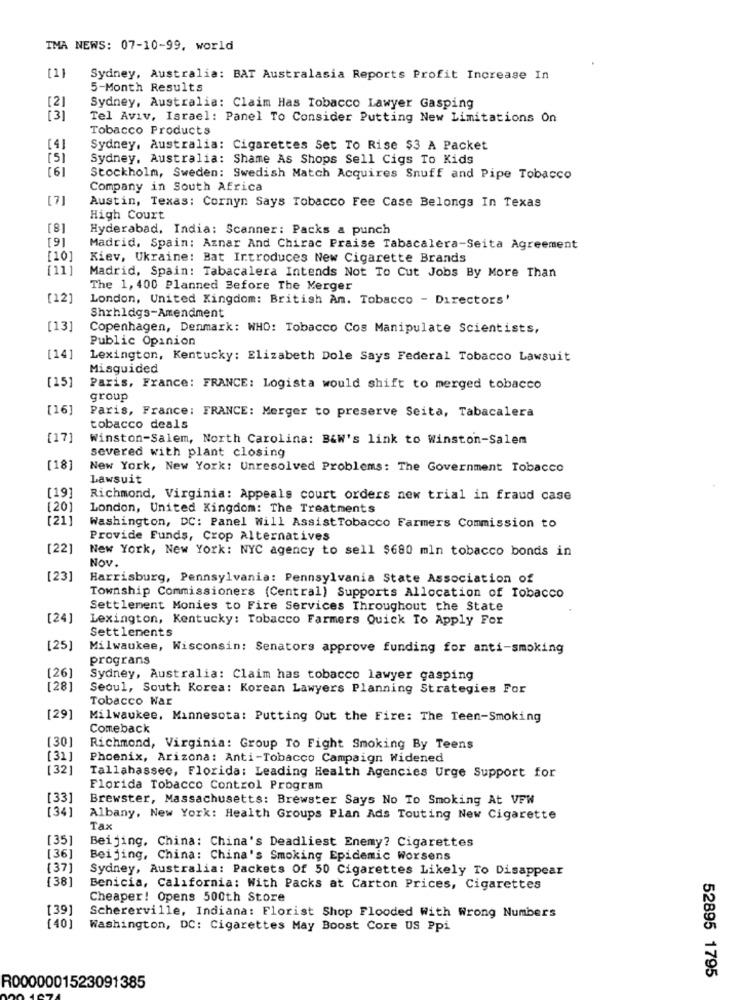
TMA NEWS: 07-10-99, world
Sydney, Australia: BAT Australasia Reports Profit Increase In
5-Month Results
[2]
Sydney, Australia: Claim Has Tobacco Lawyer Gasping
[ 3]
Tel Aviv, Israel: Panel To Consider Putting New Limitations On
Tobacco Products
[4]
Sydney, Australia: Cigarettes Set To Rise $3 A Packet
Sydney, Australia: Shame As Shops Sell Cigs To Kids
[6]
Stockholm, Sweden: Swedish Match Acquires Snuff and Pipe Tobacco
Company in South Africa
[7]
Austin, Texas: Cornyn Says Tobacco Fee Case Belongs In Texas
High Court
[8]
Hyderabad, India: Scanner: Packs a punch
[9]
Madrid, Spain: Aznar And Chirac Praise Tabacalera-Seita Agreement
[10]
Kiev, Ukraine: Bat Introduces New Cigarette Brands
[11]
Madrid, Spain: Tabacalera Intends Not To Cut Jobs By More Than
The 1, 400 Planned Before The Merger
[12]
London, United Kingdom: British Am. Tobacco - Directors'
Shrhldgs-Amendment
[13]
Copenhagen, Denmark: WHO: Tobacco Cos Manipulate Scientists,
Public Opinion
[14]
Lexington, Kentucky: Elizabeth Dole Says Federal Tobacco Lawsuit
Misguided
[15]
Paris, France: FRANCE: Logista would shift to merged tobacco
group
[16]
Paris, France: FRANCE: Merger to preserve Seita, Tabacalera
tobacco deals
[17]
Winston-Salem, North Carolina: B&W's link to Winston-Salem
severed with plant closing
[18]
New York, New York: Unresolved Problems: The Government Tobacco
Lawsuit
[19]
Richmond, Virginia: Appeals court orders new trial in fraud case
[20]
London, United Kingdom: The Treatments
[21]
Washington, DC: Panel Will AssistTobacco Farmers Commission to
Provide Funds, Crop Alternatives
[22]
New York, New York: NYC agency to sell $680 mln tobacco bonds in
Nov.
[23]
Harrisburg, Pennsylvania: Pennsylvania State Association of
Township Commissioners (Central) Supports Allocation of Tobacco
Settlement Monies to Fire Services Throughout the State
[24]
Lexington, Kentucky: Tobacco Farmers Quick To Apply For
Settlements
[25]
Milwaukee, Wisconsin: Senators approve funding for anti-smoking
prograns
[26]
Sydney, Australia: Claim has tobacco lawyer gasping
[28]
Seoul, South Korea: Korean Lawyers Planning Strategies For
Tobacco War
[29]
Milwaukee, Minnesota: Putting Out the Fire: The Teen-Smoking
Comeback
[30]
Richmond, Virginia: Group To Fight Smoking By Teens
[31]
Phoenix, Arizona: Anti-Tobacco Campaign Widened
[32]
Tallahassee, Florida: Leading Health Agencies Urge Support for
Florida Tobacco Control Program
[33]
Brewster, Massachusetts: Brewster Says No To Smoking At VFW
[ 34]
Albany, New York: Health Groups Plan Ads Touting New Cigarette
Tax
[35]
Beijing, China: China's Deadliest Enemy? Cigarettes
[36]
Beijing, China: China's Smoking Epidemic Worsens
(37]
Sydney, Australia: Packets Of 50 Cigarettes Likely To Disappear
[38]
Benicia, California: With Packs at Carton Prices, Cigarettes
Cheaper! Opens 500th Store
[39]
Schererville, Indiana: Florist Shop Flooded With Wrong Numbers
[40]
Washington, DC: Cigarettes May Boost Core US Ppi
52895 1795
R0000001523091385